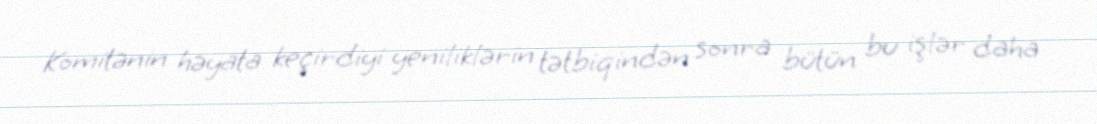
Komitənin həyata keçirdiyi yeniliklərin tətbiqindən sonra bütün bu işlər daha